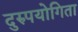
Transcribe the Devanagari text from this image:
दुरुपयोगिता